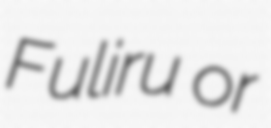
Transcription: Fuliru or